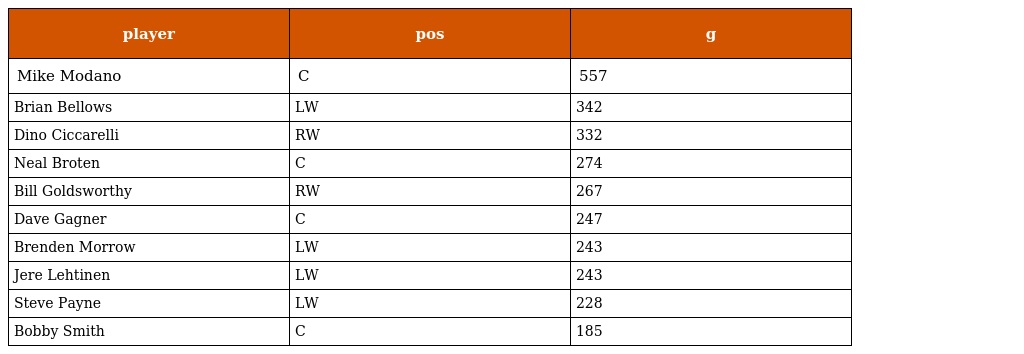
| player | pos | g |
 | --- | --- | --- |
 | Mike Modano | C | 557 |
 | Brian Bellows | LW | 342 |
 | Dino Ciccarelli | RW | 332 |
 | Neal Broten | C | 274 |
 | Bill Goldsworthy | RW | 267 |
 | Dave Gagner | C | 247 |
 | Brenden Morrow | LW | 243 |
 | Jere Lehtinen | LW | 243 |
 | Steve Payne | LW | 228 |
 | Bobby Smith | C | 185 |